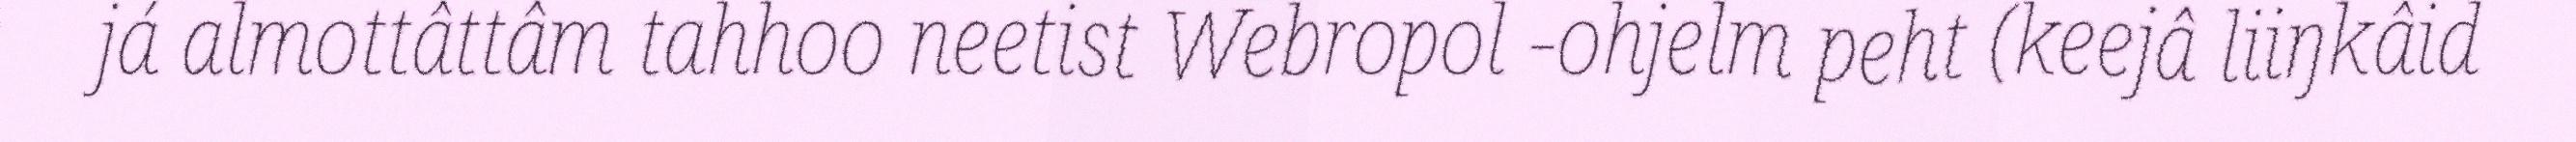
já almottâttâm tahhoo neetist Webropol -ohjelm peht (keejâ liiŋkâid